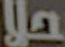
حلا